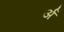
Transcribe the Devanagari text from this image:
र्अ